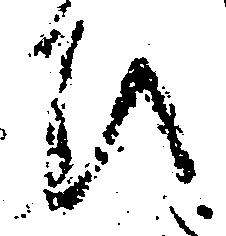
ひ